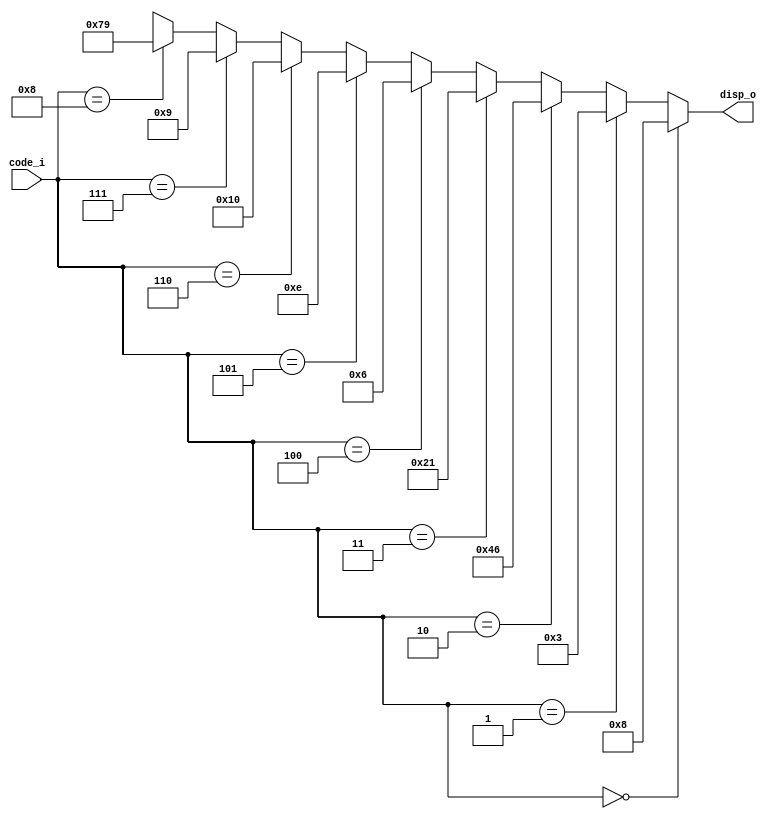
module a2i7seg (
  input  [3:0] code_i,
  output [6:0] disp_o );

  assign disp_o = (code_i == 4'd0) ? 7'b0001000 : // A
                  (code_i == 4'd1) ? 7'b0000011 : // b
                  (code_i == 4'd2) ? 7'b1000110 : // C
                  (code_i == 4'd3) ? 7'b0100001 : // d
                  (code_i == 4'd4) ? 7'b0000110 : // E
                  (code_i == 4'd5) ? 7'b0001110 : // F
                  (code_i == 4'd6) ? 7'b0010000 : // G 
                  (code_i == 4'd7) ? 7'b0001001 : // H
                  (code_i == 4'd8) ? 7'b1111001 : // I (1)
                                     7'bxxxxxxx;
endmodule